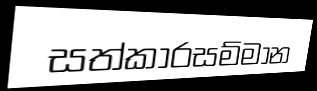
සත්කාරසම්මාන